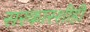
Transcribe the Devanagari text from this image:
सरकारशीही